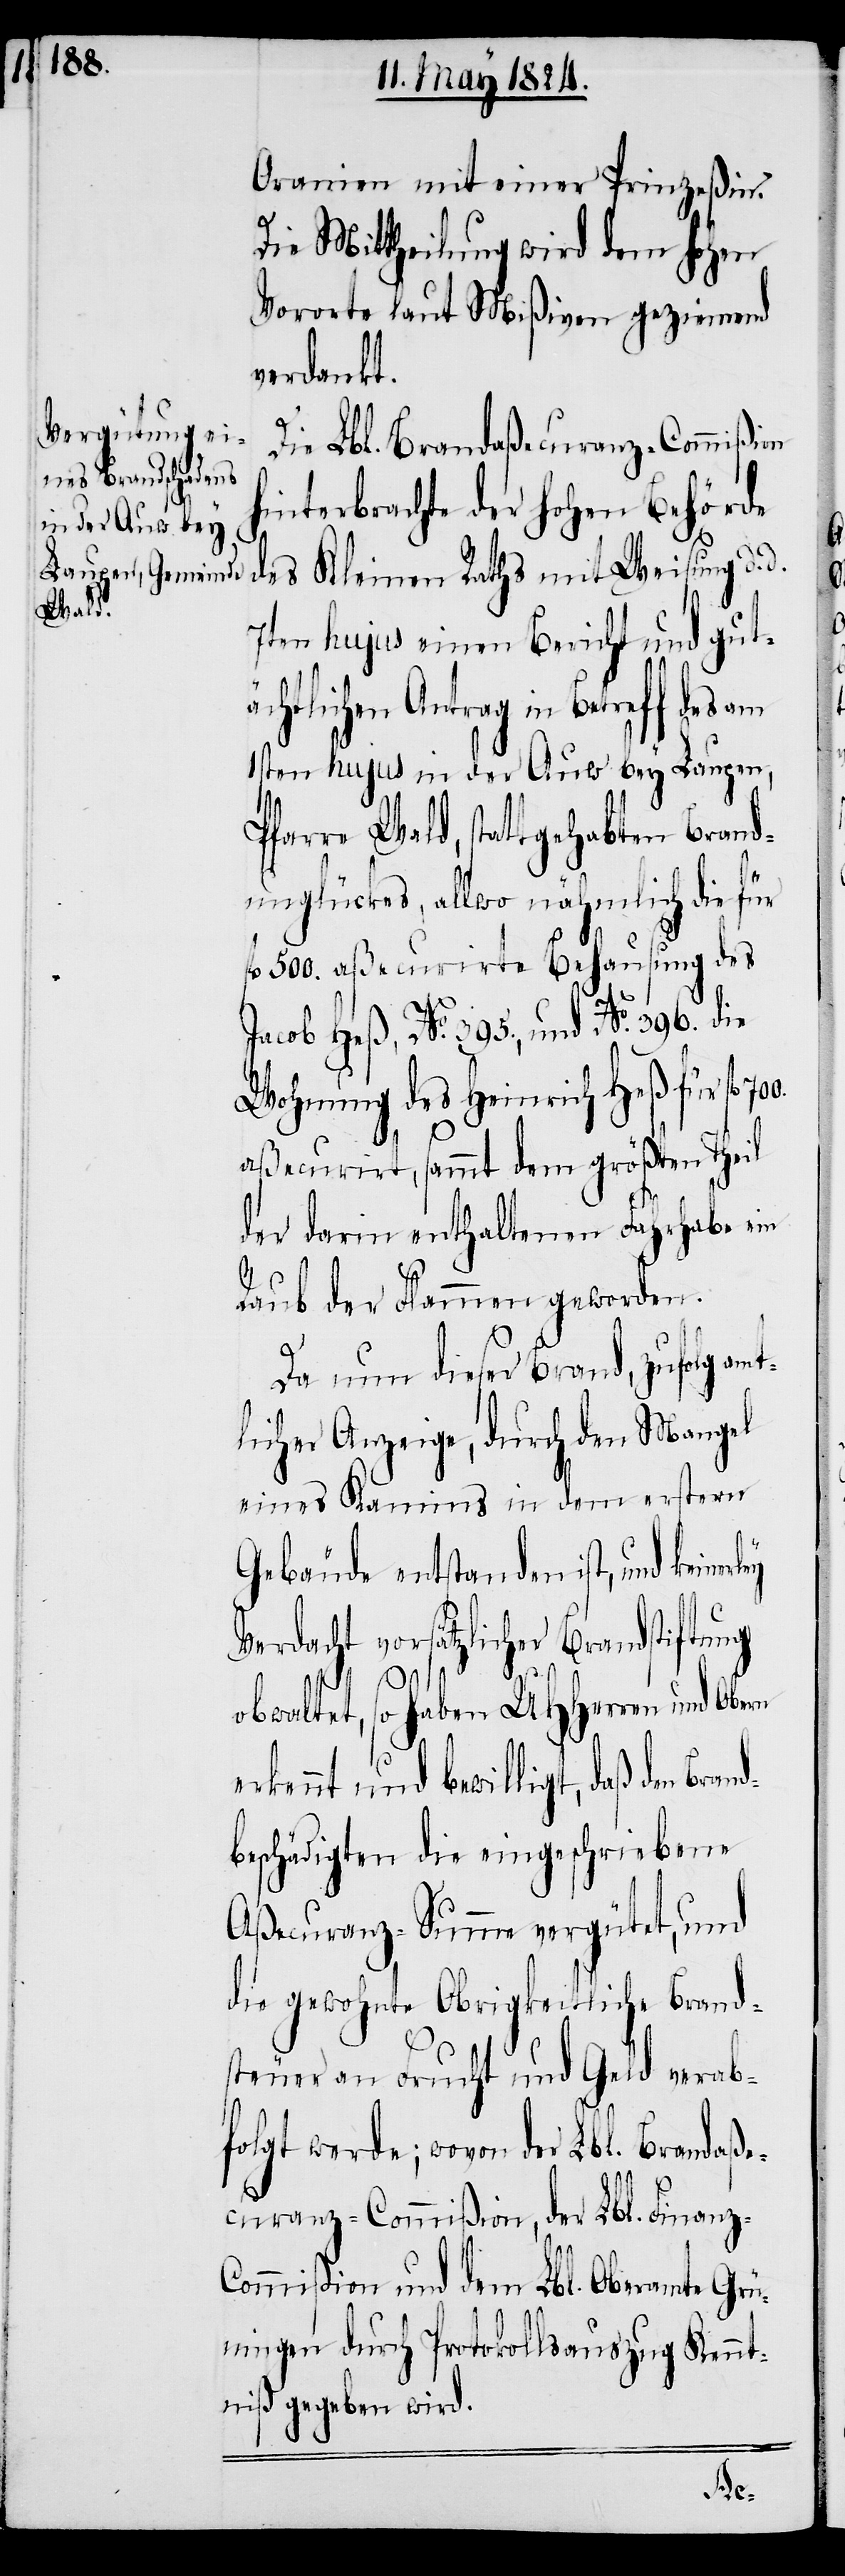
Brand¬

Oranien mit einer Prinzeßin.
Die Mittheilung wird dem hohen
Vororte laut Mißiven geziemend
verdankt.
Die Lbl. Brandaßecuranz-Commißion
hinterbrachte der hohen Behörde
des Kleinen Raths mit Weisung d.
7ten hujus einen Bericht und gut¬
ächtlichen Antrag in Betreff des
1sten hujus in der Auw bey Laupen,
Pfarre Wald, stattgehabten Brand¬
unglücks, allwo nähmlich die für
fl. 500. aßecurirte Behausung des
Jacob Heß, No. 395., und No. 396. die
Wohnung des Heinrich Heß für fl.
aßecurirt, sammt dem größten Theil
der darin enthaltenen Fahrhabe ein
Raub der Flammen geworden.
Da nun dieser Brand, zufolg amt¬
licher Anzeige, durch den Mangel
eines Kamins in dem erstern
Gebäude entstanden ist, und keinerl¬
Verdacht vorsätzlicher Brandstiftung
700.
ey
obwaltet, so haben UHHerren und Obern
rkennt und bewilligt, daß den
beschädigten die eingeschriebene
Aßecuranz-Summe vergütet, und
die gewohnte Obrigkeitliche Brand¬
steuer an Frucht und Geld verab¬
folgt werde; wovon der Lbl. Finan¬
ommißion und dem Lbl. Oberamte Grün¬
ingen durch Protokollsauszug Kennt¬
niß gegeben wird.
z-C¬